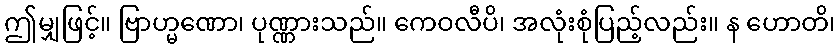
ဤမျှဖြင့်။ ဗြာဟ္မဏော၊ ပုဏ္ဏားသည်။ ကေဝလီပိ၊ အလုံးစုံပြည့်လည်း။ န ဟောတိ၊